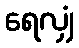
ရေလျှံ